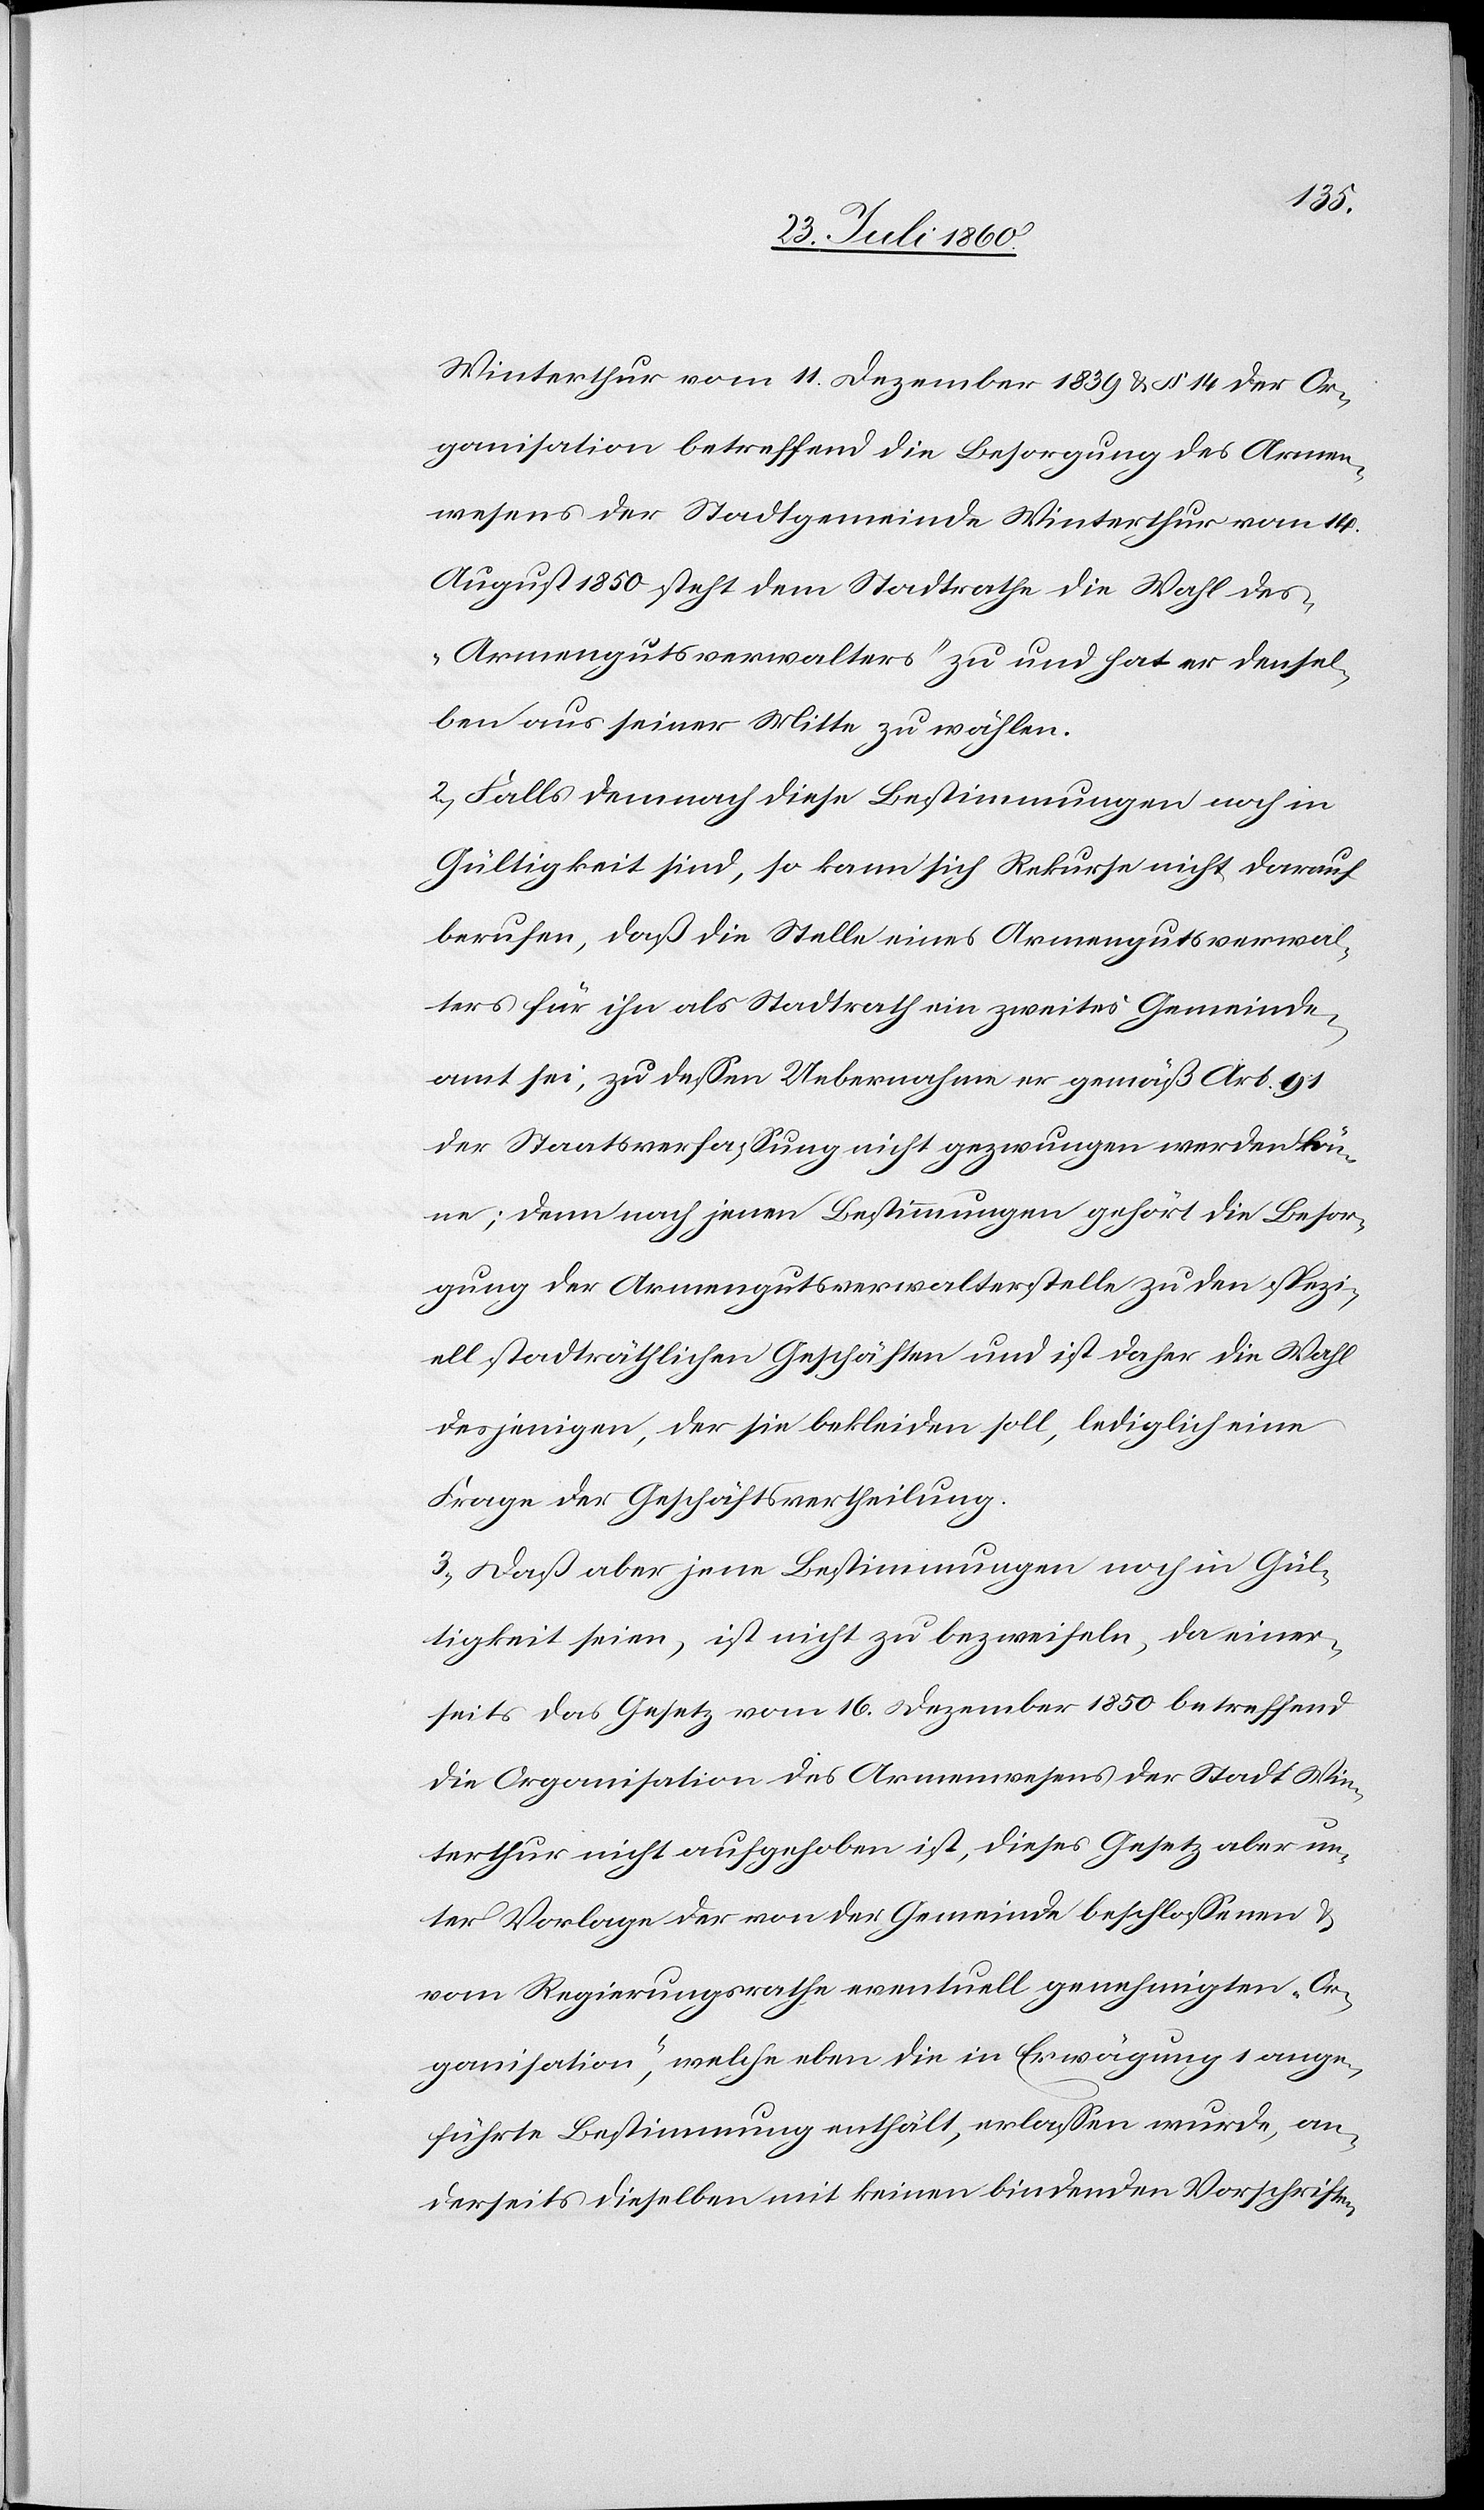
Winterthur vom 11. Dezember 1839 u. §. 14. der Or¬
ganisation betreffend die Besorgung des Armen¬
wesens der Stadtgemeinde Winterthur vom 14.
August 1850 steht dem Stadtrathe die Wahl des
„Armengutsverwalters“ zu u. hat er densel¬
ben aus seiner Mitte zu wählen.
2. Falls demnach diese Bestimmungen noch in
Gültigkeit sind, so kann sich Rekurse nicht darauf
berufen, dass die Stelle eines Armengutsverwal¬
ters für ihn als Stadtrath ein zweites Gemeinde¬
amt sei, zu dessen Uebernahme er gemäss Art. 91.
der Staatsverfassung nicht gezwungen werden kön¬
ne, denn nach jenen Bestimmungen gehört die Besor¬
gung der Armengutsverwalterstelle zu den spezi¬
ell stadträthlichen Geschäften und ist daher die Wahl
desjenigen, der sie bekleiden soll, lediglich eine
Frage der Geschäftsvertheilung.
3. Dass aber jene Bestimmungen noch in Gül¬
tigkeit seien, ist nicht zu bezweifeln, da einer¬
seits das Gesetz vom 16. Dezember 1850 betreffend
die Organisation des Armenwesens der Stadt Win¬
terthur nicht aufgehoben ist, dieses Gesetz aber un¬
ter Vorlage der von der Gemeinde beschlossenen und
vom Regierungsrathe eventuell genehmigten „Or¬
ganisation“, welche eben die in Erwägung 1 ange¬
führte Bestimmung enthält, erlassen wurde, an¬
derseits dieselben mit keinen bindenden Vorschriften